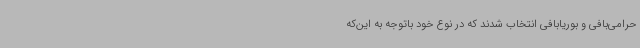
حرامی‌بافی و بوریابافی انتخاب شدند که در نوع خود باتوجه به این‌که